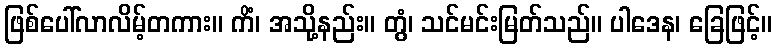
ဖြစ်ပေါ်လာလိမ့်တကား။ ကိံ၊ အသို့နည်း။ တွံ၊ သင်မင်းမြတ်သည်။ ပါဒေန၊ ခြေဖြင့်။